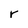
Character: r